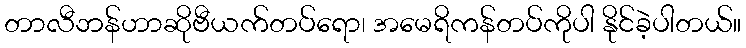
တာလီဘန်ဟာဆိုဗီယက်တပ်ရော၊ အမေရိကန်တပ်ကိုပါ နိုင်ခဲ့ပါတယ်။